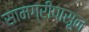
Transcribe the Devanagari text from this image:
सामग्रीपासून